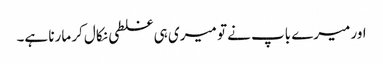
اور میرے باپ نے تو میری ہی غلطی نکال کر مارنا ہے۔